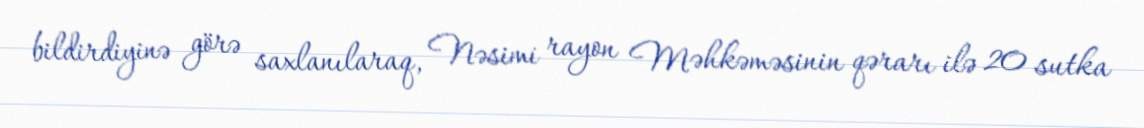
bildirdiyinə görə saxlanılaraq, Nəsimi rayon Məhkəməsinin qərarı ilə 20 sutka